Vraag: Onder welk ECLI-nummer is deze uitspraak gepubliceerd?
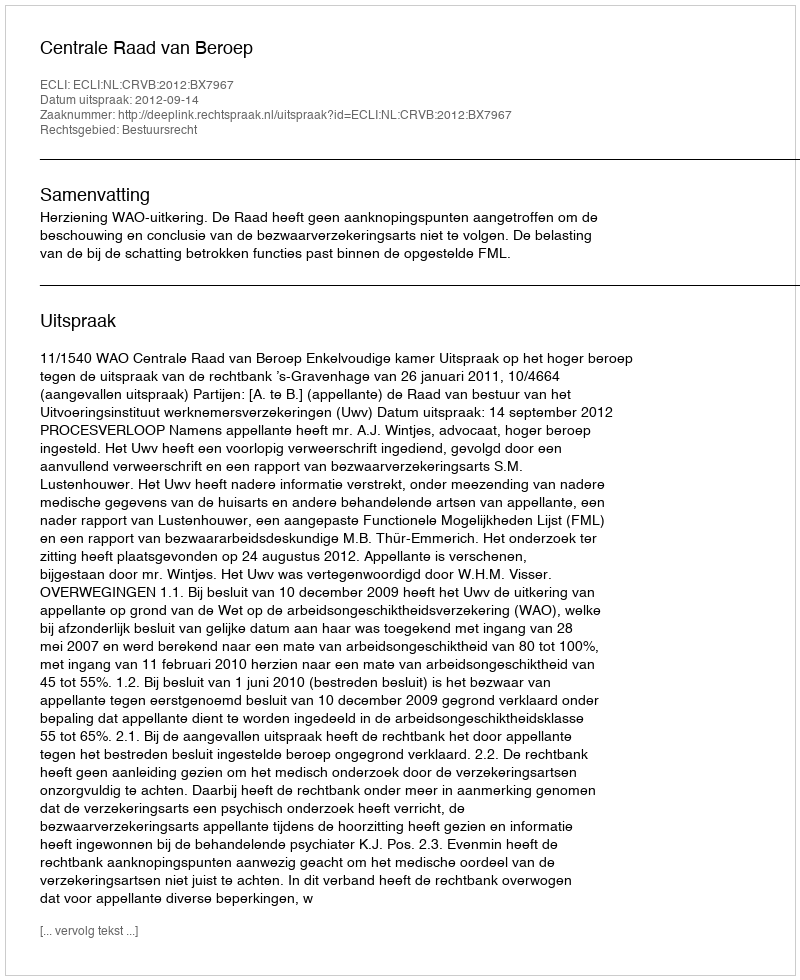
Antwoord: ECLI:NL:CRVB:2012:BX7967